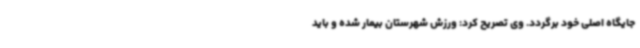
جایگاه اصلی خود برگردد. وی تصریح کرد: ورزش شهرستان بیمار شده و باید